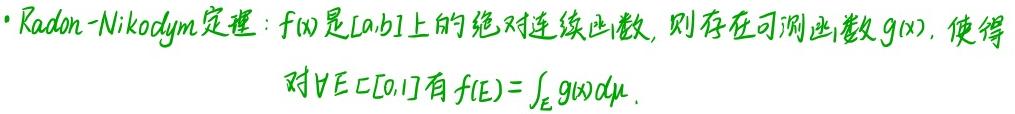
- Radon - Nikodym定理：$f(x)$是$[a,b]$上的绝对连续函数，则存在可测函数$g(x)$，使得对$\forall E\subset [0,1]$有$f(E)=\int_E g(x)d\mu$。